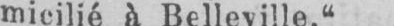
micilié à Belleville.“